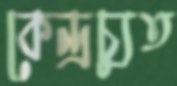
কেন্দ্রচ্যুত